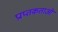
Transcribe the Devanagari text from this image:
प्राप्तकताओं